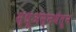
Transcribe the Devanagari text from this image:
स्धूअंस्नथेतून